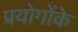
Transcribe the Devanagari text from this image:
प्रयोगोंके